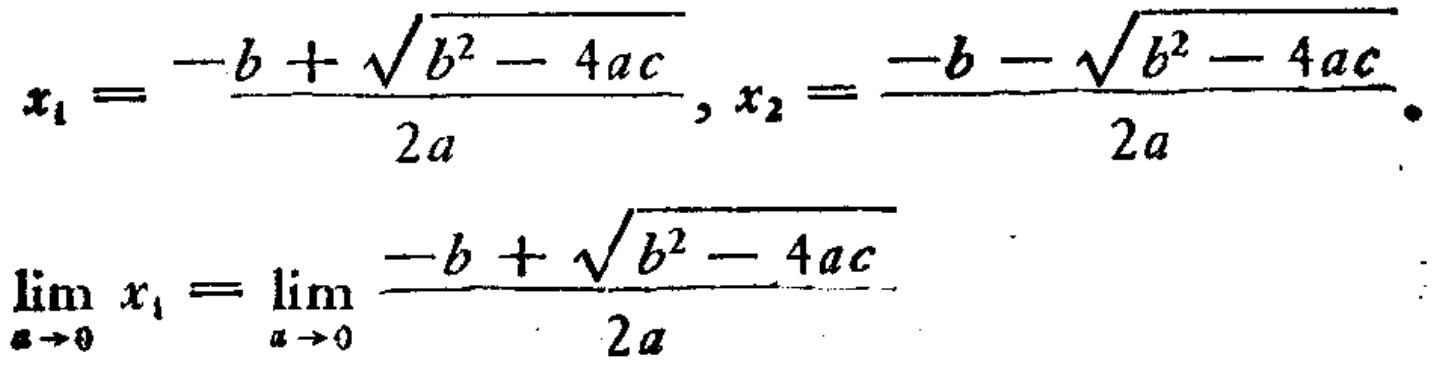
\[
x_{1}=\frac{-b + \sqrt{b^{2}-4ac}}{2a}, x_{2}=\frac{-b - \sqrt{b^{2}-4ac}}{2a}.
\]
\[
\lim_{a \to 0} x_{1}=\lim_{a \to 0} \frac{-b + \sqrt{b^{2}-4ac}}{2a}
\]